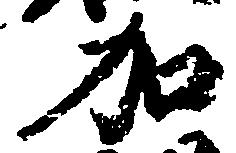
加